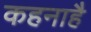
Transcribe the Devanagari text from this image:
कहनाहै